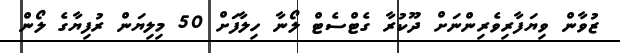
ޒުވާން ވިޔަފާރިވެރިންނަށް ދޫކުރާ ގެޓްސެޓް ލޯނާ ހިލާފަށް 50 މިލިޔަން ރުފިޔާގެ ލޯން